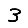
Digit: 3